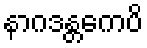
နာဂဒန္တကေပိ